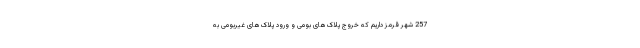
257 شهر قرمز داریم که خروج پلاک‌های بومی و ورود پلاک‌های غیربومی به